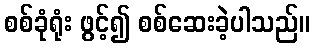
စစ်ခုံရုံး ဖွင့်၍ စစ်ဆေးခဲ့ပါသည်။